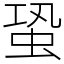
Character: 蛩